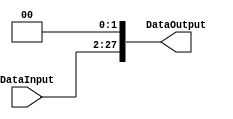
/******************************************************************
* Description
*	This performs a shift left opeartion in roder to calculate the brances.
*	1.0
* Author:
*	Sergio Chung/ Daniel Barragan
* Date:
*	28/06/17
******************************************************************/
module ShiftLeft16bit 
(   
	input [25:0]  DataInput,
   output reg [27:0] DataOutput

);
   always @ (DataInput)
     DataOutput = {DataInput[25:0], 1'b0, 1'b0};

endmodule // leftShift2